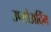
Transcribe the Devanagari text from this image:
उप्लोअदिंग